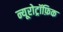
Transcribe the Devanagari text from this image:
न्यूरोट्रॉफ़िक